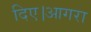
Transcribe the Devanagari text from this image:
दिए।आगरा